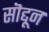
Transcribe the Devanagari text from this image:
सॊद्दून